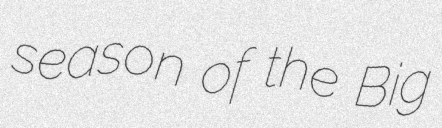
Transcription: season of the Big